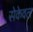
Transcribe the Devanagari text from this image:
सेकेवल